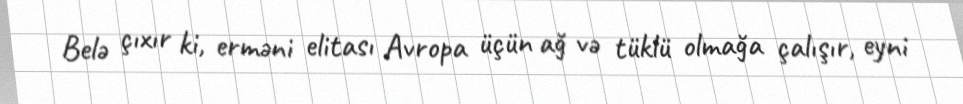
Belə çıxır ki, erməni elitası Avropa üçün ağ və tüklü olmağa çalışır, eyni